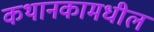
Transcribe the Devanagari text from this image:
कथानकामधील